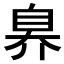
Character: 𬛬